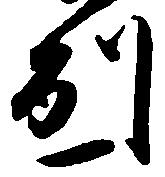
別